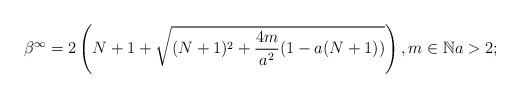
LaTeX: \begin{align*}\beta^\infty = 2 \left( N + 1 + \sqrt{(N+1)^2+ \frac{4m}{a^2}(1-a(N+1))} \right), m \in \mathbb{N} a > 2;\end{align*}